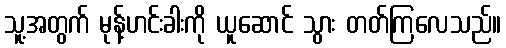
သူ့အတွက် မုန့်ဟင်းခါးကို ယူဆောင် သွား တတ်ကြလေသည်။